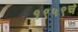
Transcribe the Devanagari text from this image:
१९५९चे